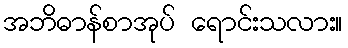
အဘိဓာန်စာအုပ် ရောင်းသလား။